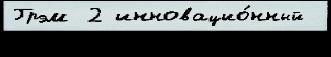
Грэм 2 инновацио́нный